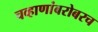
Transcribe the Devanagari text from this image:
चव्हाणांबरोबरच